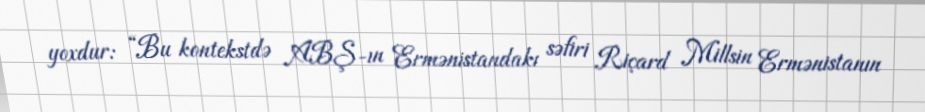
yoxdur: “Bu kontekstdə ABŞ-ın Ermənistandakı səfiri Riçard Millsin Ermənistanın